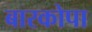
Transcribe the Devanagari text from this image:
बारकोपा